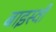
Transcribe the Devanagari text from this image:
बाइस्वीं